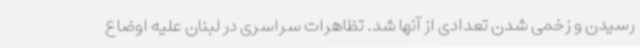
رسیدن و زخمی شدن تعدادی از آنها شد. تظاهرات سراسری در لبنان علیه اوضاع